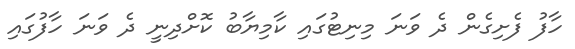
ހާފު ފެށިގެން ދެ ވަނަ މިނިޓުގައި ކާމިޔާބު ކޮށްދިނީ ދެ ވަނަ ހާފުގައި